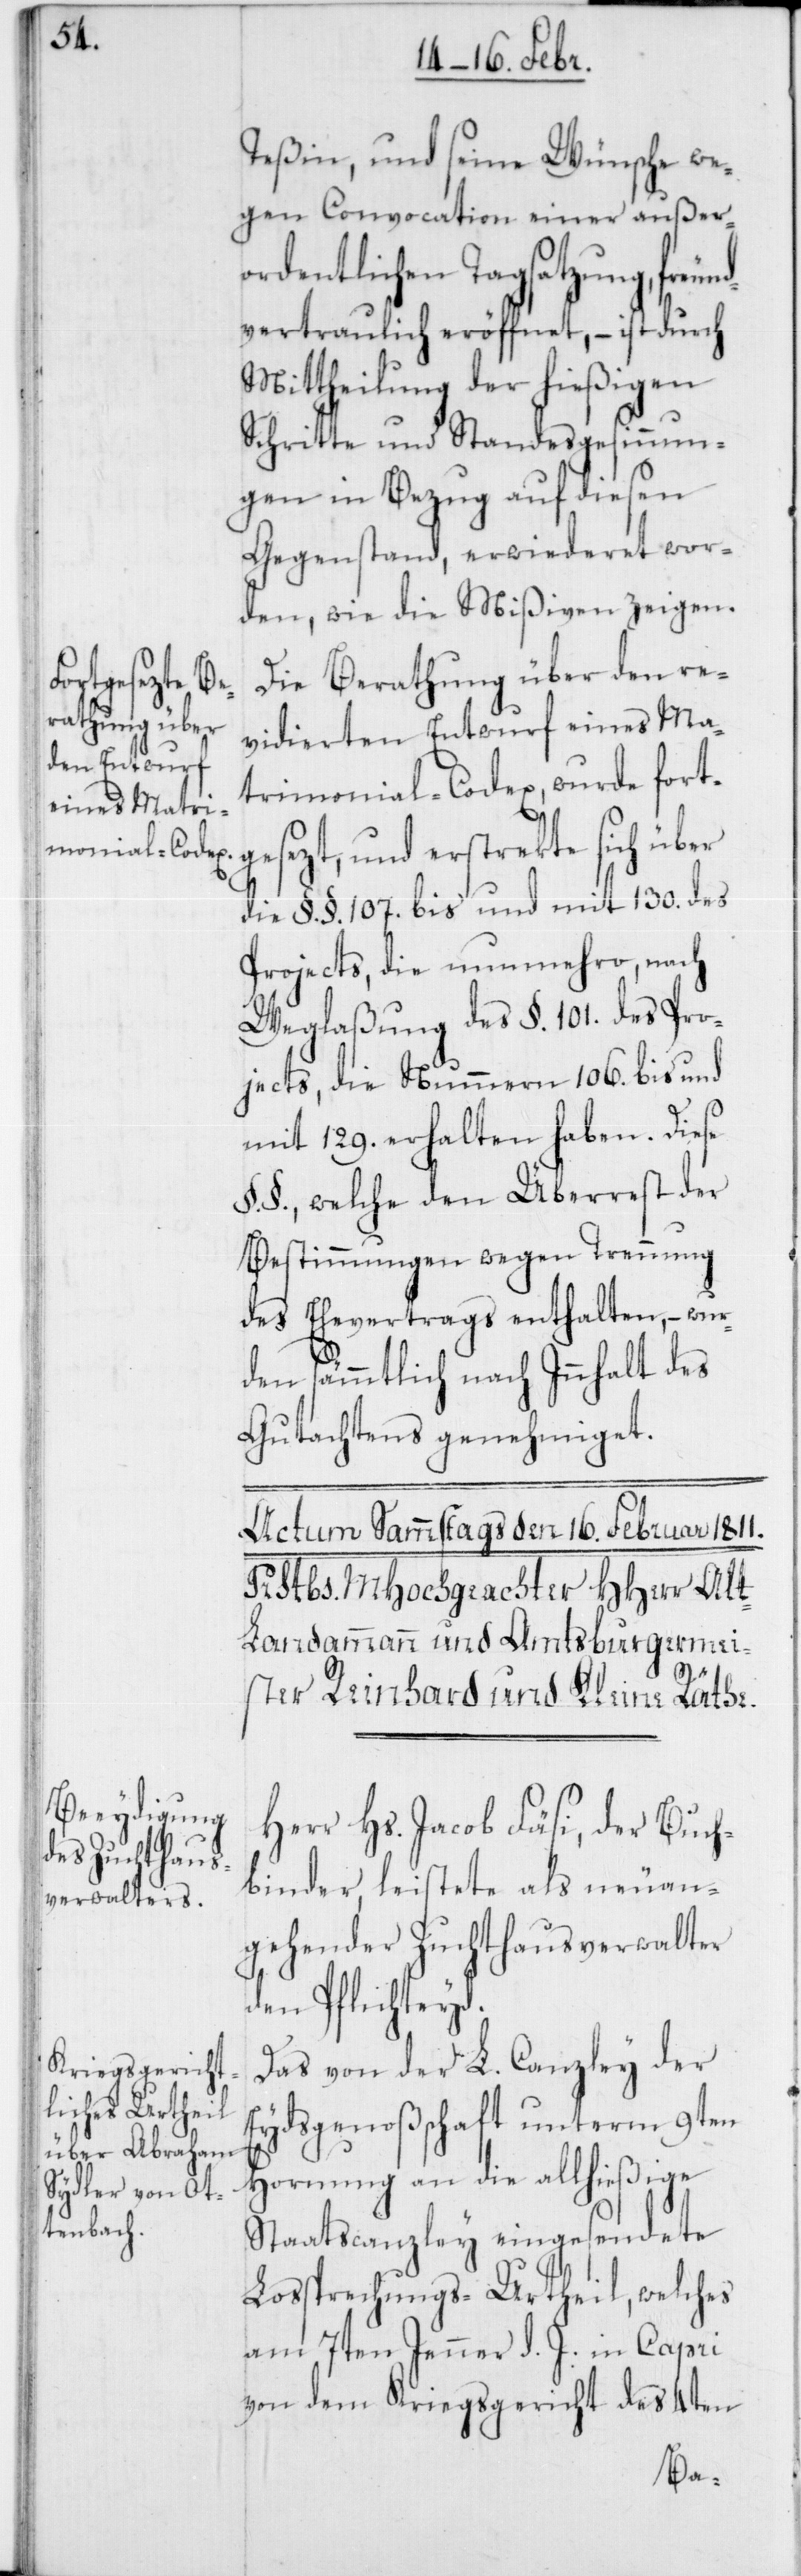
Teßin, und seine Wünsche we¬
gen Convocation einer außer¬
ordentlichen Tagsatzung, freun¬
dvertraulich eröffnet, – ist durch
Mittheilung der hießigen
Schritte und Standesgesinnun¬
gen in Bezug auf diesen
Gegenstand, erwiederet wor¬
den, wie die Mißiven zeigen.
Die Berathung über den re¬
vidierten Entwurf eines Ma¬
trimonial-Codex, wurde fortg¬
esezt, und erstrekte sich über
die §. §. 107. bis und mit 130. des
Projects, die nunmehro, nach
Weglaßung des §. 101. des Pro¬
jects, die Nummern 106. bis und
mit 129. erhalten haben. Diese
§. §, welche den Überrest der
Bestimmungen wegen Trennung
des Ehevertrags enthalten, – wur¬
den sämmtlich nach Innhalt des
Gutachtens genehmiget.
Herr Hs. Jacob Fäsi, der Buch¬
binder, leistete als neuan¬
gehender Zuchthausverwalter
den Pflichteyd.
Das von der L. Canzley der
Eydsgenoßenschaft unterm 9ten
Hornung an die allhießige
Staatscanzley eingesendete
Lossprechungs-Urtheil, welches
am 7ten Jenner d. J. in Capri
von dem Kriegsgericht des 4ten